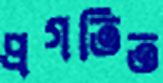
প্রগতিত